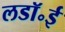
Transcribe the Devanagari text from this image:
लडॉ॰ई